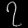
Digit: ၇